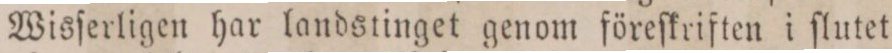
Wisſerligen har landstinget genom föreſkriften i ſlutet